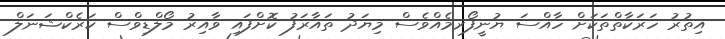
އިތުރު ހަރަކާތްތަކަށް ހާއްސަ ޔުނީފޯރމެއްވެސް މިޔަދު ތައާރަފު ކޮށްފައި ވާއިރު މޯލްޑިވްސް ކަރެކްޝަނަލް